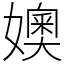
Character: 㜩